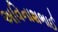
અવિનાશભાઈ